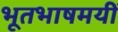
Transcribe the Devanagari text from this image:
भूतभाषमयीं